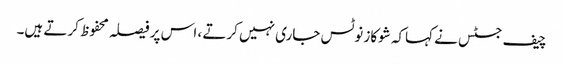
چیف جسٹس نے کہاکہ شوکاز نوٹس جاری نہیں کرتے ، اس پر فیصلہ محفوظ کرتے ہیں۔